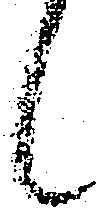
候